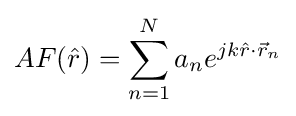
AF({\hat {r}})=\sum _{n=1}^{N}a_{n}e^{jk{\hat {r}}\cdot {\vec {r}}_{n}}